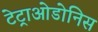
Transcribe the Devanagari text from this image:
टेट्राओडोनिस